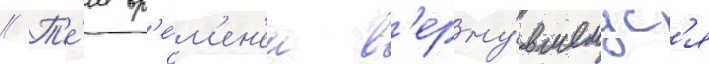
// Т'е́м вр'е́м'ен'ем в'ерну́вшемус'я